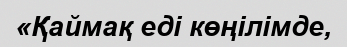
«Қаймақ еді көңілімде,